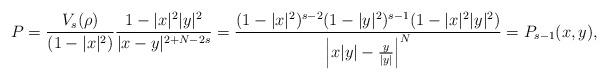
LaTeX: \begin{align*}P=\frac{V_s(\rho)}{(1-|x|^2)} \frac{1-|x|^2|y|^2}{|x-y|^{2+N-2s}}=\frac{(1-|x|^2)^{s-2}(1-|y|^2)^{s-1}(1-|x|^2|y|^2)}{\Big|x|y|-\frac{y}{|y|}\Big|^{N}}=P_{s-1}(x,y),\end{align*}